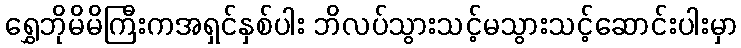
ရွှေဘိုမိမိကြီးကအရှင်နှစ်ပါး ဘိလပ်သွားသင့်မသွားသင့်ဆောင်းပါးမှာ